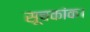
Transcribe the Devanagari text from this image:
सूचकांक।